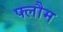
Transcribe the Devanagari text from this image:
फ्लौम